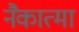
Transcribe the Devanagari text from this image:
नैकात्मा